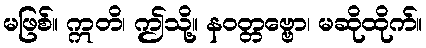
မဖြစ်။ ဣတိ၊ ဤသို့။ နဝတ္တဗ္ဗော၊ မဆိုထိုက်။